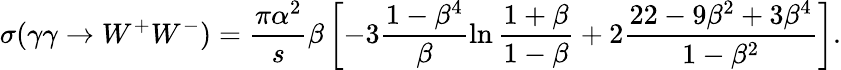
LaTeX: \sigma(\gamma\gamma\rightarrow W^{+}W^{-})=\frac{\pi\alpha^{2}}{s}\beta\left[-3\frac{1-\beta^{4}}{\beta}\ln\frac{1+\beta}{1-\beta}+2\frac{22-9\beta^{2}+3\beta^{4}}{1-\beta^{2}}\right].